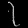
Digit: ၇